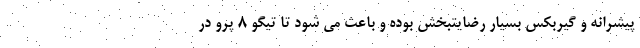
پیشرانه و گیربکس بسیار رضایتبخش بوده و باعث می شود تا تیگو 8 پرو در